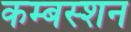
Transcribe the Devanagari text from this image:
कम्बस्शन